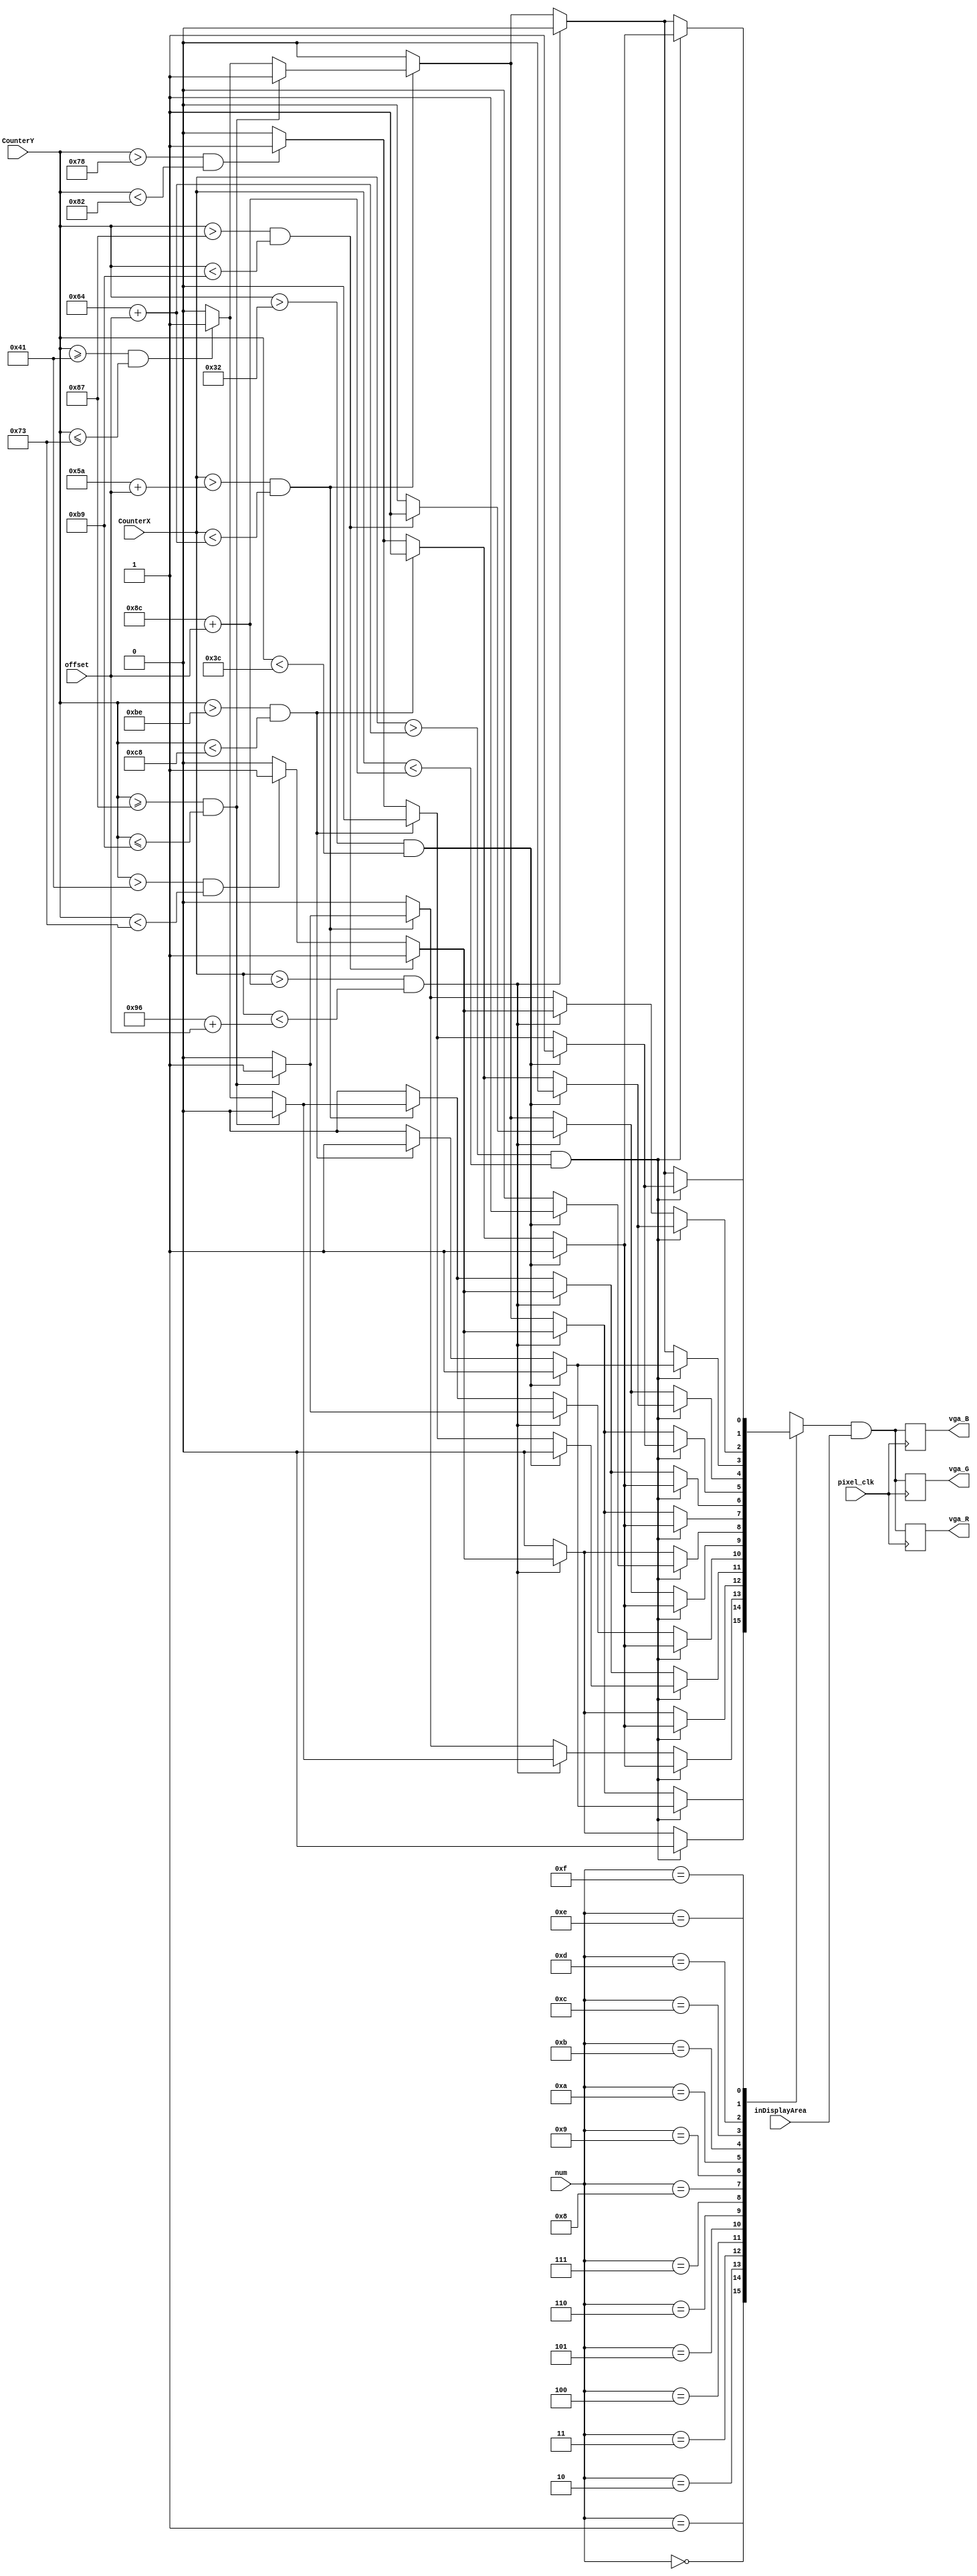
`timescale 1ns / 1ps
//////////////////////////////////////////////////////////////////////////////////
// Company: 
// Engineer: 
// 
// Design Name: 
// Module Name:    vga 
// Project Name: 
// Target Devices: 
// Tool versions: 
// Description: 
//
// Dependencies: 
//
// Revision: 
// Revision 0.01 - File Created
// Additional Comments: 
//
//////////////////////////////////////////////////////////////////////////////////
module vga(vga_R, vga_G, vga_B, num,offset, inDisplayArea, CounterX, CounterY, pixel_clk);
input pixel_clk;
input [3:0]num;
input [9:0]offset;
output vga_R, vga_G, vga_B;
input inDisplayArea;
input [9:0] CounterX;
input [8:0] CounterY;
reg[6:0] seven;
reg color;
reg R, B,G;


reg vga_R, vga_G, vga_B;

always @(num or CounterX or CounterY or offset)
begin
case(num)
		4'b0000:begin
					seven =7'b0111111;
					if((CounterX>(100+offset))&&(CounterX<(140+offset)))
						begin
							if((CounterY>50)&&(CounterY<60))begin
								color = seven[0];
								R=color;
								B=color;
								G=color;
								end
							else
							if((CounterY>190)&&(CounterY<200)) begin
								color = seven[3];
								R=color;
								B=color;
								G=color;
								end
							else
							if((CounterY>120)&&(CounterY<130)) begin
								color = seven[6];
								R=color;
								B=color;
								G=color;
								end
							else
								begin
									color = 1'b0;
									R=color;
									B=color;
									G=color;
								end
							end
						else
						if((CounterX>(140+offset))&&(CounterX<(150+offset))) 
						begin
								if((CounterY>135)&&(CounterY<185)) begin
								color = seven[2];
								R=color;
								B=color;
								G=color;
								end
								else
								if((CounterY>65)&&(CounterY<115)) begin
								color = seven[1];
								R=color;
								B=color;
								G=color;
								end
								else
								begin
									color = 1'b0;
									R=color;
									B=color;
									G=color;
								end
							end
						else
						if((CounterX>(90+offset))&&(CounterX<(100+offset)))
						begin
							if((CounterY>=135)&&(CounterY<=185)) begin
								color = seven[4];
								R=color;
								B=color;
								G=color;
								end
								else
								if((CounterY>=65)&&(CounterY<=115)) begin
								color = seven[5];
								R=color;
								B=color;
								G=color;
								end
								else
								begin
									color = 1'b0;
									R=color;
									B=color;
									G=color;
								end
							end
						else
							begin
									color = 1'b0;
									R=color;
									B=color;
									G=color;
							end
					end
					
4'b0001:begin
					seven =7'b0000110;
					if((CounterX>(100+offset))&&(CounterX<(140+offset)))
						begin
							if((CounterY>50)&&(CounterY<60))begin
								color = seven[0];
								R=color;
								B=color;
								G=color;
								end
							else
							if((CounterY>190)&&(CounterY<200)) begin
								color = seven[3];
								R=color;
								B=color;
								G=color;
								end
							else
							if((CounterY>120)&&(CounterY<130)) begin
								color = seven[6];
								R=color;
								B=color;
								G=color;
								end
							else
								begin
									color = 1'b0;
									R=color;
									B=color;
									G=color;
								end
							end
						else
						if((CounterX>(140+offset))&&(CounterX<(150+offset))) 
						begin
								if((CounterY>135)&&(CounterY<185)) begin
								color = seven[2];
								R=color;
								B=color;
								G=color;
								end
								else
								if((CounterY>65)&&(CounterY<115)) begin
								color = seven[1];
								R=color;
								B=color;
								G=color;
								end
								else
								begin
									color = 1'b0;
									R=color;
									B=color;
									G=color;
								end
							end
						else
						if((CounterX>(90+offset))&&(CounterX<(100+offset)))
						begin
							if((CounterY>=135)&&(CounterY<=185)) begin
								color = seven[4];
								R=color;
								B=color;
								G=color;
								end
								else
								if((CounterY>=65)&&(CounterY<=115)) begin
								color = seven[5];
								R=color;
								B=color;
								G=color;
								end
								else
								begin
									color = 1'b0;
									R=color;
									B=color;
									G=color;
								end
							end
						else
							begin
									color = 1'b0;
									R=color;
									B=color;
									G=color;
							end
					end
4'b0010:begin
					seven =7'b1011011;
					if((CounterX>(100+offset))&&(CounterX<(140+offset)))
						begin
							if((CounterY>50)&&(CounterY<60))begin
								color = seven[0];
								R=color;
								B=color;
								G=color;
								end
							else
							if((CounterY>190)&&(CounterY<200)) begin
								color = seven[3];
								R=color;
								B=color;
								G=color;
								end
							else
							if((CounterY>120)&&(CounterY<130)) begin
								color = seven[6];
								R=color;
								B=color;
								G=color;
								end
							else
								begin
									color = 1'b0;
									R=color;
									B=color;
									G=color;
								end
							end
						else
						if((CounterX>(140+offset))&&(CounterX<(150+offset))) 
						begin
								if((CounterY>=135)&&(CounterY<=185)) begin
								color = seven[2];
								R=color;
								B=color;
								G=color;
								end
								else
								if((CounterY>=65)&&(CounterY<=115)) begin
								color = seven[1];
								R=color;
								B=color;
								G=color;
								end
								else
								begin
									color = 1'b0;
									R=color;
									B=color;
									G=color;
								end
							end
						else
						if((CounterX>(90+offset))&&(CounterX<(100+offset)))
						begin
							if((CounterY>=135)&&(CounterY<=185)) begin
								color = seven[4];
								R=color;
								B=color;
								G=color;
								end
								else
								if((CounterY>=65)&&(CounterY<=115)) begin
								color = seven[5];
								R=color;
								B=color;
								G=color;
								end
								else
								begin
									color = 1'b0;
									R=color;
									B=color;
									G=color;
								end
							end
						else
							begin
									color = 1'b0;
									R=color;
									B=color;
									G=color;
							end
					end
4'b0011:begin
					seven =7'b1001111;
					if((CounterX>(100+offset))&&(CounterX<(140+offset)))
						begin
							if((CounterY>50)&&(CounterY<60))begin
								color = seven[0];
								R=color;
								B=color;
								G=color;
								end
							else
							if((CounterY>190)&&(CounterY<200)) begin
								color = seven[3];
								R=color;
								B=color;
								G=color;
								end
							else
							if((CounterY>120)&&(CounterY<130)) begin
								color = seven[6];
								R=color;
								B=color;
								G=color;
								end
							else
								begin
									color = 1'b0;
									R=color;
									B=color;
									G=color;
								end
							end
						else
						if((CounterX>(140+offset))&&(CounterX<(150+offset))) 
						begin
								if((CounterY>135)&&(CounterY<185)) begin
								color = seven[2];
								R=color;
								B=color;
								G=color;
								end
								else
								if((CounterY>65)&&(CounterY<115)) begin
								color = seven[1];
								R=color;
								B=color;
								G=color;
								end
								else
								begin
									color = 1'b0;
									R=color;
									B=color;
									G=color;
								end
							end
						else
						if((CounterX>(90+offset))&&(CounterX<(100+offset)))
						begin
							if((CounterY>=135)&&(CounterY<=185)) begin
								color = seven[4];
								R=color;
								B=color;
								G=color;
								end
								else
								if((CounterY>=65)&&(CounterY<=115)) begin
								color = seven[5];
								R=color;
								B=color;
								G=color;
								end
								else
								begin
									color = 1'b0;
									R=color;
									B=color;
									G=color;
								end
							end
						else
							begin
									color = 1'b0;
									R=color;
									B=color;
									G=color;
							end
					end
4'b0100:begin
					seven =7'b1100110;
					if((CounterX>(100+offset))&&(CounterX<(140+offset)))
						begin
							if((CounterY>50)&&(CounterY<60))begin
								color = seven[0];
								R=color;
								B=color;
								G=color;
								end
							else
							if((CounterY>190)&&(CounterY<200)) begin
								color = seven[3];
								R=color;
								B=color;
								G=color;
								end
							else
							if((CounterY>120)&&(CounterY<130)) begin
								color = seven[6];
								R=color;
								B=color;
								G=color;
								end
							else
								begin
									color = 1'b0;
									R=color;
									B=color;
									G=color;
								end
							end
						else
						if((CounterX>(140+offset))&&(CounterX<(150+offset))) 
						begin
								if((CounterY>135)&&(CounterY<185)) begin
								color = seven[2];
								R=color;
								B=color;
								G=color;
								end
								else
								if((CounterY>65)&&(CounterY<115)) begin
								color = seven[1];
								R=color;
								B=color;
								G=color;
								end
								else
								begin
									color = 1'b0;
									R=color;
									B=color;
									G=color;
								end
							end
						else
						if((CounterX>(90+offset))&&(CounterX<(100+offset)))
						begin
							if((CounterY>=135)&&(CounterY<=185)) begin
								color = seven[4];
								R=color;
								B=color;
								G=color;
								end
								else
								if((CounterY>=65)&&(CounterY<=115)) begin
								color = seven[5];
								R=color;
								B=color;
								G=color;
								end
								else
								begin
									color = 1'b0;
									R=color;
									B=color;
									G=color;
								end
							end
						else
							begin
									color = 1'b0;
									R=color;
									B=color;
									G=color;
							end
					end
4'b0101:begin
					seven =7'b1101101;
					if((CounterX>(100+offset))&&(CounterX<(140+offset)))
						begin
							if((CounterY>50)&&(CounterY<60))begin
								color = seven[0];
								R=color;
								B=color;
								G=color;
								end
							else
							if((CounterY>190)&&(CounterY<200)) begin
								color = seven[3];
								R=color;
								B=color;
								G=color;
								end
							else
							if((CounterY>120)&&(CounterY<130)) begin
								color = seven[6];
								R=color;
								B=color;
								G=color;
								end
							else
								begin
									color = 1'b0;
									R=color;
									B=color;
									G=color;
								end
							end
						else
						if((CounterX>(140+offset))&&(CounterX<(150+offset))) 
						begin
								if((CounterY>=135)&&(CounterY<=185)) begin
								color = seven[2];
								R=color;
								B=color;
								G=color;
								end
								else
								if((CounterY>=65)&&(CounterY<=115)) begin
								color = seven[1];
								R=color;
								B=color;
								G=color;
								end
								else
								begin
									color = 1'b0;
									R=color;
									B=color;
									G=color;
								end
							end
						else
						if((CounterX>(90+offset))&&(CounterX<(100+offset)))
						begin
							if((CounterY>=135)&&(CounterY<=185)) begin
								color = seven[4];
								R=color;
								B=color;
								G=color;
								end
								else
								if((CounterY>=65)&&(CounterY<=115)) begin
								color = seven[5];
								R=color;
								B=color;
								G=color;
								end
								else
								begin
									color = 1'b0;
									R=color;
									B=color;
									G=color;
								end
							end
						else
							begin
									color = 1'b0;
									R=color;
									B=color;
									G=color;
							end
					end
4'b0110:begin
					seven =7'b1111101;
					if((CounterX>(100+offset))&&(CounterX<(140+offset)))
						begin
							if((CounterY>50)&&(CounterY<60))begin
								color = seven[0];
								R=color;
								B=color;
								G=color;
								end
							else
							if((CounterY>190)&&(CounterY<200)) begin
								color = seven[3];
								R=color;
								B=color;
								G=color;
								end
							else
							if((CounterY>120)&&(CounterY<130)) begin
								color = seven[6];
								R=color;
								B=color;
								G=color;
								end
							else
								begin
									color = 1'b0;
									R=color;
									B=color;
									G=color;
								end
							end
						else
						if((CounterX>(140+offset))&&(CounterX<(150+offset))) 
						begin
								if((CounterY>135)&&(CounterY<185)) begin
								color = seven[2];
								R=color;
								B=color;
								G=color;
								end
								else
								if((CounterY>65)&&(CounterY<115)) begin
								color = seven[1];
								R=color;
								B=color;
								G=color;
								end
								else
								begin
									color = 1'b0;
									R=color;
									B=color;
									G=color;
								end
							end
						else
						if((CounterX>(90+offset))&&(CounterX<(100+offset)))
						begin
							if((CounterY>=135)&&(CounterY<=185)) begin
								color = seven[4];
								R=color;
								B=color;
								G=color;
								end
								else
								if((CounterY>=65)&&(CounterY<=115)) begin
								color = seven[5];
								R=color;
								B=color;
								G=color;
								end
								else
								begin
									color = 1'b0;
									R=color;
									B=color;
									G=color;
								end
							end
						else
							begin
									color = 1'b0;
									R=color;
									B=color;
									G=color;
							end
					end
4'b0111:begin
					seven =7'b0000111;
					if((CounterX>(100+offset))&&(CounterX<(140+offset)))
						begin
							if((CounterY>50)&&(CounterY<60))begin
								color = seven[0];
								R=color;
								B=color;
								G=color;
								end
							else
							if((CounterY>190)&&(CounterY<200)) begin
								color = seven[3];
								R=color;
								B=color;
								G=color;
								end
							else
							if((CounterY>120)&&(CounterY<130)) begin
								color = seven[6];
								R=color;
								B=color;
								G=color;
								end
							else
								begin
									color = 1'b0;
									R=color;
									B=color;
									G=color;
								end
							end
						else
						if((CounterX>(140+offset))&&(CounterX<(150+offset))) 
						begin
								if((CounterY>135)&&(CounterY<185)) begin
								color = seven[2];
								R=color;
								B=color;
								G=color;
								end
								else
								if((CounterY>65)&&(CounterY<115)) begin
								color = seven[1];
								R=color;
								B=color;
								G=color;
								end
								else
								begin
									color = 1'b0;
									R=color;
									B=color;
									G=color;
								end
							end
						else
						if((CounterX>(90+offset))&&(CounterX<(100+offset)))
						begin
							if((CounterY>=135)&&(CounterY<=185)) begin
								color = seven[4];
								R=color;
								B=color;
								G=color;
								end
								else
								if((CounterY>=65)&&(CounterY<=115)) begin
								color = seven[5];
								R=color;
								B=color;
								G=color;
								end
								else
								begin
									color = 1'b0;
									R=color;
									B=color;
									G=color;
								end
							end
						else
							begin
									color = 1'b0;
									R=color;
									B=color;
									G=color;
							end
					end
4'b1000:begin
					seven =7'b1111111;
					if((CounterX>(100+offset))&&(CounterX<(140+offset)))
						begin
							if((CounterY>50)&&(CounterY<60))begin
								color = seven[0];
								R=color;
								B=color;
								G=color;
								end
							else
							if((CounterY>190)&&(CounterY<200)) begin
								color = seven[3];
								R=color;
								B=color;
								G=color;
								end
							else
							if((CounterY>120)&&(CounterY<130)) begin
								color = seven[6];
								R=color;
								B=color;
								G=color;
								end
							else
								begin
									color = 1'b0;
									R=color;
									B=color;
									G=color;
								end
							end
						else
						if((CounterX>(140+offset))&&(CounterX<(150+offset))) 
						begin
								if((CounterY>135)&&(CounterY<185)) begin
								color = seven[2];
								R=color;
								B=color;
								G=color;
								end
								else
								if((CounterY>65)&&(CounterY<115)) begin
								color = seven[1];
								R=color;
								B=color;
								G=color;
								end
								else
								begin
									color = 1'b0;
									R=color;
									B=color;
									G=color;
								end
							end
						else
						if((CounterX>(90+offset))&&(CounterX<(100+offset)))
						begin
							if((CounterY>=135)&&(CounterY<=185)) begin
								color = seven[4];
								R=color;
								B=color;
								G=color;
								end
								else
								if((CounterY>=65)&&(CounterY<=115)) begin
								color = seven[5];
								R=color;
								B=color;
								G=color;
								end
								else
								begin
									color = 1'b0;
									R=color;
									B=color;
									G=color;
								end
							end
						else
							begin
									color = 1'b0;
									R=color;
									B=color;
									G=color;
							end
					end
4'b1001:begin
					seven =7'b1101111;
					if((CounterX>(100+offset))&&(CounterX<(140+offset)))
						begin
							if((CounterY>50)&&(CounterY<60))begin
								color = seven[0];
								R=color;
								B=color;
								G=color;
								end
							else
							if((CounterY>190)&&(CounterY<200)) begin
								color = seven[3];
								R=color;
								B=color;
								G=color;
								end
							else
							if((CounterY>120)&&(CounterY<130)) begin
								color = seven[6];
								R=color;
								B=color;
								G=color;
								end
							else
								begin
									color = 1'b0;
									R=color;
									B=color;
									G=color;
								end
							end
						else
						if((CounterX>(140+offset))&&(CounterX<(150+offset))) 
						begin
								if((CounterY>135)&&(CounterY<185)) begin
								color = seven[2];
								R=color;
								B=color;
								G=color;
								end
								else
								if((CounterY>65)&&(CounterY<115)) begin
								color = seven[1];
								R=color;
								B=color;
								G=color;
								end
								else
								begin
									color = 1'b0;
									R=color;
									B=color;
									G=color;
								end
							end
						else
						if((CounterX>(90+offset))&&(CounterX<(100+offset)))
						begin
							if((CounterY>=135)&&(CounterY<=185)) begin
								color = seven[4];
								R=color;
								B=color;
								G=color;
								end
								else
								if((CounterY>=65)&&(CounterY<=115)) begin
								color = seven[5];
								R=color;
								B=color;
								G=color;
								end
								else
								begin
									color = 1'b0;
									R=color;
									B=color;
									G=color;
								end
							end
						else
							begin
									color = 1'b0;
									R=color;
									B=color;
									G=color;
							end
					end
4'b1010:begin
					seven =7'b1110111;
					if((CounterX>(100+offset))&&(CounterX<(140+offset)))
						begin
							if((CounterY>50)&&(CounterY<60))begin
								color = seven[0];
								R=color;
								B=color;
								G=color;
								end
							else
							if((CounterY>190)&&(CounterY<200)) begin
								color = seven[3];
								R=color;
								B=color;
								G=color;
								end
							else
							if((CounterY>120)&&(CounterY<130)) begin
								color = seven[6];
								R=color;
								B=color;
								G=color;
								end
							else
								begin
									color = 1'b0;
									R=color;
									B=color;
									G=color;
								end
							end
						else
						if((CounterX>(140+offset))&&(CounterX<(150+offset))) 
						begin
								if((CounterY>135)&&(CounterY<185)) begin
								color = seven[2];
								R=color;
								B=color;
								G=color;
								end
								else
								if((CounterY>65)&&(CounterY<115)) begin
								color = seven[1];
								R=color;
								B=color;
								G=color;
								end
								else
								begin
									color = 1'b0;
									R=color;
									B=color;
									G=color;
								end
							end
						else
						if((CounterX>(90+offset))&&(CounterX<(100+offset)))
						begin
							if((CounterY>=135)&&(CounterY<=185)) begin
								color = seven[4];
								R=color;
								B=color;
								G=color;
								end
								else
								if((CounterY>=65)&&(CounterY<=115)) begin
								color = seven[5];
								R=color;
								B=color;
								G=color;
								end
								else
								begin
									color = 1'b0;
									R=color;
									B=color;
									G=color;
								end
							end
						else
							begin
									color = 1'b0;
									R=color;
									B=color;
									G=color;
							end
					end
4'b1011:begin
					seven =7'b1111100;
					if((CounterX>(100+offset))&&(CounterX<(140+offset)))
						begin
							if((CounterY>50)&&(CounterY<60))begin
								color = seven[0];
								R=color;
								B=color;
								G=color;
								end
							else
							if((CounterY>190)&&(CounterY<200)) begin
								color = seven[3];
								R=color;
								B=color;
								G=color;
								end
							else
							if((CounterY>120)&&(CounterY<130)) begin
								color = seven[6];
								R=color;
								B=color;
								G=color;
								end
							else
								begin
									color = 1'b0;
									R=color;
									B=color;
									G=color;
								end
							end
						else
						if((CounterX>(140+offset))&&(CounterX<(150+offset))) 
						begin
								if((CounterY>135)&&(CounterY<185)) begin
								color = seven[2];
								R=color;
								B=color;
								G=color;
								end
								else
								if((CounterY>65)&&(CounterY<115)) begin
								color = seven[1];
								R=color;
								B=color;
								G=color;
								end
								else
								begin
									color = 1'b0;
									R=color;
									B=color;
									G=color;
								end
							end
						else
						if((CounterX>(90+offset))&&(CounterX<(100+offset)))
						begin
							if((CounterY>=135)&&(CounterY<=185)) begin
								color = seven[4];
								R=color;
								B=color;
								G=color;
								end
								else
								if((CounterY>=65)&&(CounterY<=115)) begin
								color = seven[5];
								R=color;
								B=color;
								G=color;
								end
								else
								begin
									color = 1'b0;
									R=color;
									B=color;
									G=color;
								end
							end
						else
							begin
									color = 1'b0;
									R=color;
									B=color;
									G=color;
							end
					end
4'b1100:begin
					seven =7'b0111001;
					if((CounterX>(100+offset))&&(CounterX<(140+offset)))
						begin
							if((CounterY>50)&&(CounterY<60))begin
								color = seven[0];
								R=color;
								B=color;
								G=color;
								end
							else
							if((CounterY>190)&&(CounterY<200)) begin
								color = seven[3];
								R=color;
								B=color;
								G=color;
								end
							else
							if((CounterY>120)&&(CounterY<130)) begin
								color = seven[6];
								R=color;
								B=color;
								G=color;
								end
							else
								begin
									color = 1'b0;
									R=color;
									B=color;
									G=color;
								end
							end
						else
						if((CounterX>(140+offset))&&(CounterX<(150+offset))) 
						begin
								if((CounterY>135)&&(CounterY<185)) begin
								color = seven[2];
								R=color;
								B=color;
								G=color;
								end
								else
								if((CounterY>65)&&(CounterY<115)) begin
								color = seven[1];
								R=color;
								B=color;
								G=color;
								end
								else
								begin
									color = 1'b0;
									R=color;
									B=color;
									G=color;
								end
							end
						else
						if((CounterX>(90+offset))&&(CounterX<(100+offset)))
						begin
							if((CounterY>=135)&&(CounterY<=185)) begin
								color = seven[4];
								R=color;
								B=color;
								G=color;
								end
								else
								if((CounterY>=65)&&(CounterY<=115)) begin
								color = seven[5];
								R=color;
								B=color;
								G=color;
								end
								else
								begin
									color = 1'b0;
									R=color;
									B=color;
									G=color;
								end
							end
						else
							begin
									color = 1'b0;
									R=color;
									B=color;
									G=color;
							end
					end
4'b1101:begin
					seven =7'b1011110;
					if((CounterX>(100+offset))&&(CounterX<(140+offset)))
						begin
							if((CounterY>50)&&(CounterY<60))begin
								color = seven[0];
								R=color;
								B=color;
								G=color;
								end
							else
							if((CounterY>190)&&(CounterY<200)) begin
								color = seven[3];
								R=color;
								B=color;
								G=color;
								end
							else
							if((CounterY>120)&&(CounterY<130)) begin
								color = seven[6];
								R=color;
								B=color;
								G=color;
								end
							else
								begin
									color = 1'b0;
									R=color;
									B=color;
									G=color;
								end
							end
						else
						if((CounterX>(140+offset))&&(CounterX<(150+offset))) 
						begin
								if((CounterY>135)&&(CounterY<185)) begin
								color = seven[2];
								R=color;
								B=color;
								G=color;
								end
								else
								if((CounterY>65)&&(CounterY<115)) begin
								color = seven[1];
								R=color;
								B=color;
								G=color;
								end
								else
								begin
									color = 1'b0;
									R=color;
									B=color;
									G=color;
								end
							end
						else
						if((CounterX>(90+offset))&&(CounterX<(100+offset)))
						begin
							if((CounterY>=135)&&(CounterY<=185)) begin
								color = seven[4];
								R=color;
								B=color;
								G=color;
								end
								else
								if((CounterY>=65)&&(CounterY<=115)) begin
								color = seven[5];
								R=color;
								B=color;
								G=color;
								end
								else
								begin
									color = 1'b0;
									R=color;
									B=color;
									G=color;
								end
							end
						else
							begin
									color = 1'b0;
									R=color;
									B=color;
									G=color;
							end
					end
4'b1110:begin
					seven =7'b1111001;
					if((CounterX>(100+offset))&&(CounterX<(140+offset)))
						begin
							if((CounterY>50)&&(CounterY<60))begin
								color = seven[0];
								R=color;
								B=color;
								G=color;
								end
							else
							if((CounterY>190)&&(CounterY<200)) begin
								color = seven[3];
								R=color;
								B=color;
								G=color;
								end
							else
							if((CounterY>120)&&(CounterY<130)) begin
								color = seven[6];
								R=color;
								B=color;
								G=color;
								end
							else
								begin
									color = 1'b0;
									R=color;
									B=color;
									G=color;
								end
							end
						else
						if((CounterX>(140+offset))&&(CounterX<(150+offset))) 
						begin
								if((CounterY>135)&&(CounterY<185)) begin
								color = seven[2];
								R=color;
								B=color;
								G=color;
								end
								else
								if((CounterY>65)&&(CounterY<115)) begin
								color = seven[1];
								R=color;
								B=color;
								G=color;
								end
								else
								begin
									color = 1'b0;
									R=color;
									B=color;
									G=color;
								end
							end
						else
						if((CounterX>(90+offset))&&(CounterX<(100+offset)))
						begin
							if((CounterY>=135)&&(CounterY<=185)) begin
								color = seven[4];
								R=color;
								B=color;
								G=color;
								end
								else
								if((CounterY>=65)&&(CounterY<=115)) begin
								color = seven[5];
								R=color;
								B=color;
								G=color;
								end
								else
								begin
									color = 1'b0;
									R=color;
									B=color;
									G=color;
								end
							end
						else
							begin
									color = 1'b0;
									R=color;
									B=color;
									G=color;
							end
					end
4'b1111:begin
					seven =7'b1110001;
					if((CounterX>(100+offset))&&(CounterX<(140+offset)))
						begin
							if((CounterY>50)&&(CounterY<60))begin
								color = seven[0];
								R=color;
								B=color;
								G=color;
								end
							else
							if((CounterY>190)&&(CounterY<200)) begin
								color = seven[3];
								R=color;
								B=color;
								G=color;
								end
							else
							if((CounterY>120)&&(CounterY<130)) begin
								color = seven[6];
								R=color;
								B=color;
								G=color;
								end
							else
								begin
									color = 1'b0;
									R=color;
									B=color;
									G=color;
								end
							end
						else
						if((CounterX>(140+offset))&&(CounterX<(150+offset))) 
						begin
								if((CounterY>135)&&(CounterY<185)) begin
								color = seven[2];
								R=color;
								B=color;
								G=color;
								end
								else
								if((CounterY>65)&&(CounterY<115)) begin
								color = seven[1];
								R=color;
								B=color;
								G=color;
								end
								else
								begin
									color = 1'b0;
									R=color;
									B=color;
									G=color;
								end
							end
						else
						if((CounterX>(90+offset))&&(CounterX<(100+offset)))
						begin
							if((CounterY>=135)&&(CounterY<=185)) begin
								color = seven[4];
								R=color;
								B=color;
								G=color;
								end
								else
								if((CounterY>=65)&&(CounterY<=115)) begin
								color = seven[5];
								R=color;
								B=color;
								G=color;
								end
								else
								begin
									color = 1'b0;
									R=color;
									B=color;
									G=color;
								end
							end
						else
							begin
									color = 1'b0;
									R=color;
									B=color;
									G=color;
							end
					end
					
					
					
					
      default: seven =7'b1111111;
endcase
end 

always @(posedge pixel_clk)
begin
  vga_R <= R & inDisplayArea;
  vga_G <= G & inDisplayArea;
  vga_B <= B & inDisplayArea;
   
end
endmodule